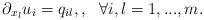
LaTeX: \begin{align*}{\partial_{x_l}u_i}=q_{il}, ,\ \ \forall i,l=1,...,m.\end{align*}